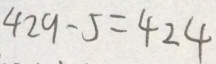
4 2 9 - 5 = 4 2 4